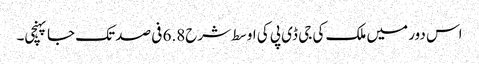
اس دور میں ملک کی جی ڈی پی کی اوسط شرح6.8 فی صد تک جا پہنچی۔